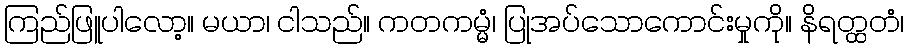
ကြည်ဖြူပါလော့။ မယာ၊ ငါသည်။ ကတကမ္မံ၊ ပြုအပ်သောကောင်းမှုကို။ နိရတ္ထတံ၊